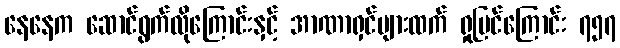
နေနေက ဆောင်ရွက်လိုကြောင်းနှင့် အာဏာရှင်များထက် ရှုမြင်ကြောင်း ၇၅၇